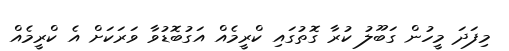
މިފަދަ މީހުން ގަބޫލު ކުރާ ގޮތުގައި ކްރީމެއް އަގުބޮޑުވާ ވަރަކަށް އެ ކްރީމެއް